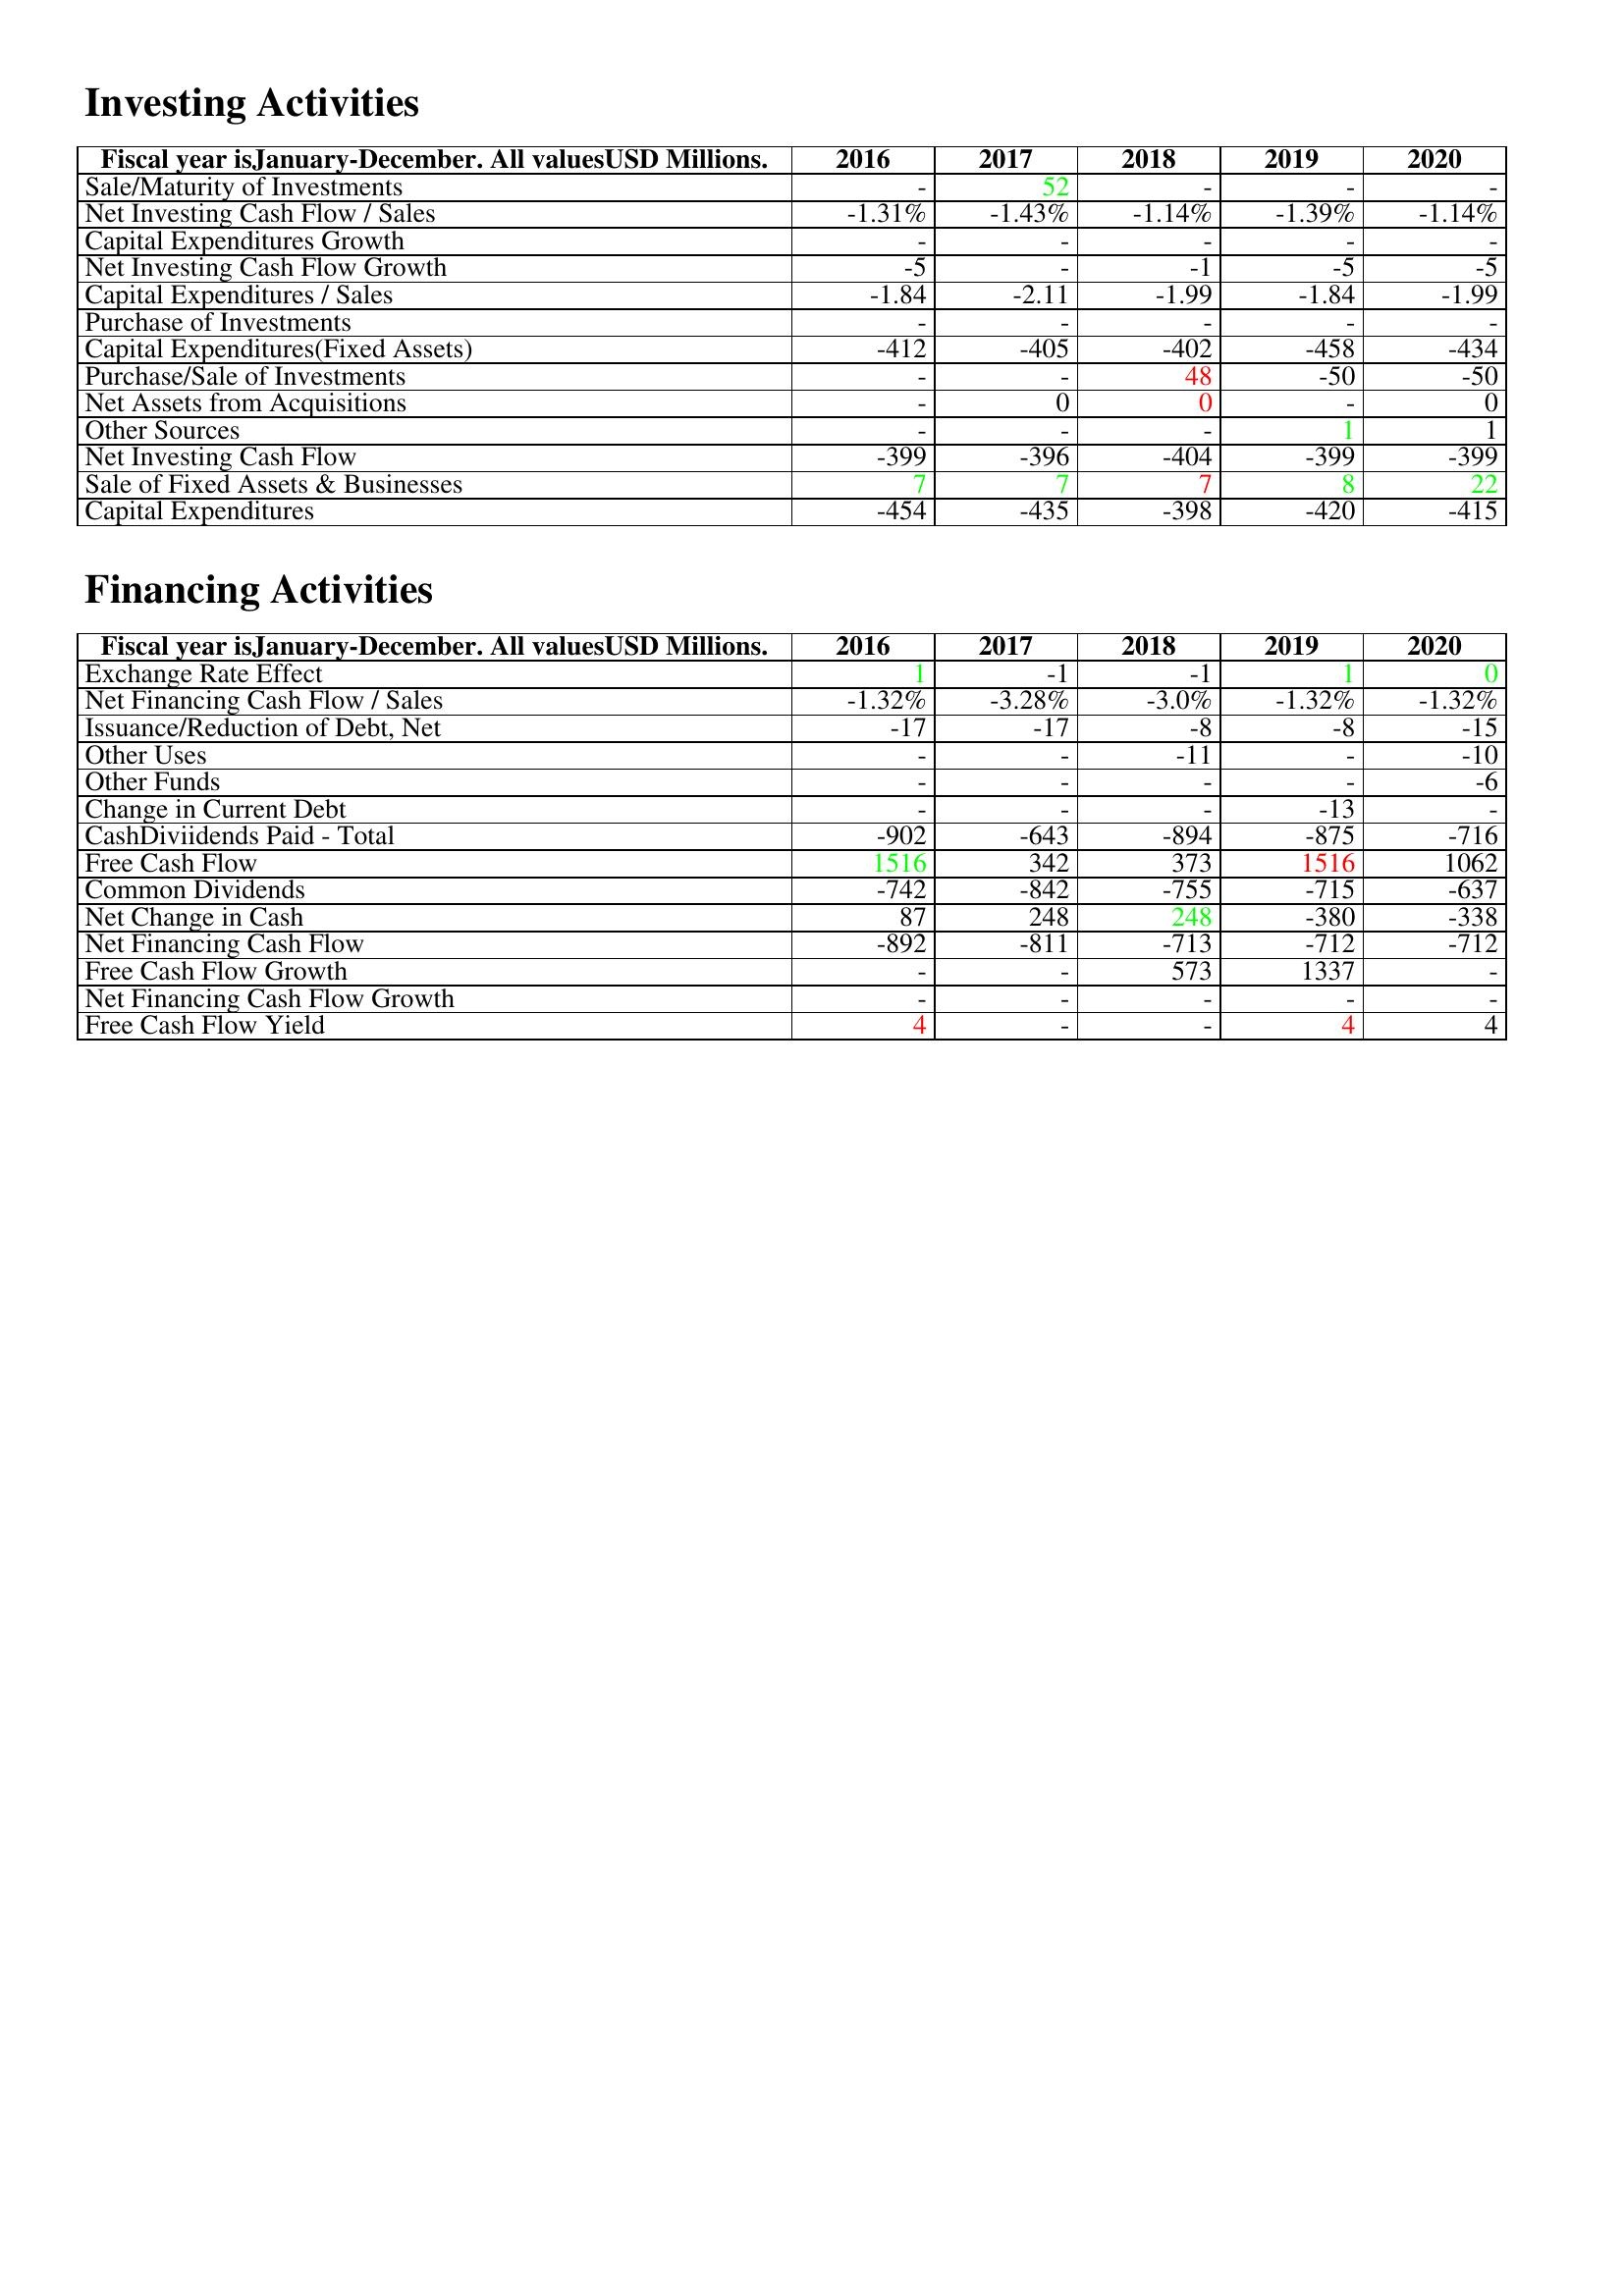
gt_parse: 2016: Investing Activities: Sale/Maturity of Investments: -
Net Investing Cash Flow / Sales: -1.31%
Capital Expenditures Growth: -
Net Investing Cash Flow Growth: -5
Capital Expenditures / Sales: -1.84
Purchase of Investments: -
Capital Expenditures(Fixed Assets): -412
Purchase/Sale of Investments: -
Net Assets from Acquisitions: -
Other Sources: -
Net Investing Cash Flow: -399
Sale of Fixed Assets & Businesses: 7
Capital Expenditures: -454
Financing Activities: Exchange Rate Effect: 1
Net Financing Cash Flow / Sales: -1.32%
Issuance/Reduction of Debt, Net: -17
Other Uses: -
Other Funds: -
Change in Current Debt: -
CashDiviidends Paid - Total: -902
Free Cash Flow: 1516
Common Dividends: -742
Net Change in Cash: 87
Net Financing Cash Flow: -892
Free Cash Flow Growth: -
Net Financing Cash Flow Growth: -
Free Cash Flow Yield: 4
2017: Investing Activities: Sale/Maturity of Investments: 52
Net Investing Cash Flow / Sales: -1.43%
Capital Expenditures Growth: -
Net Investing Cash Flow Growth: -
Capital Expenditures / Sales: -2.11
Purchase of Investments: -
Capital Expenditures(Fixed Assets): -405
Purchase/Sale of Investments: -
Net Assets from Acquisitions: 0
Other Sources: -
Net Investing Cash Flow: -396
Sale of Fixed Assets & Businesses: 7
Capital Expenditures: -435
Financing Activities: Exchange Rate Effect: -1
Net Financing Cash Flow / Sales: -3.28%
Issuance/Reduction of Debt, Net: -17
Other Uses: -
Other Funds: -
Change in Current Debt: -
CashDiviidends Paid - Total: -643
Free Cash Flow: 342
Common Dividends: -842
Net Change in Cash: 248
Net Financing Cash Flow: -811
Free Cash Flow Growth: -
Net Financing Cash Flow Growth: -
Free Cash Flow Yield: -
2018: Investing Activities: Sale/Maturity of Investments: -
Net Investing Cash Flow / Sales: -1.14%
Capital Expenditures Growth: -
Net Investing Cash Flow Growth: -1
Capital Expenditures / Sales: -1.99
Purchase of Investments: -
Capital Expenditures(Fixed Assets): -402
Purchase/Sale of Investments: 48
Net Assets from Acquisitions: 0
Other Sources: -
Net Investing Cash Flow: -404
Sale of Fixed Assets & Businesses: 7
Capital Expenditures: -398
Financing Activities: Exchange Rate Effect: -1
Net Financing Cash Flow / Sales: -3.0%
Issuance/Reduction of Debt, Net: -8
Other Uses: -11
Other Funds: -
Change in Current Debt: -
CashDiviidends Paid - Total: -894
Free Cash Flow: 373
Common Dividends: -755
Net Change in Cash: 248
Net Financing Cash Flow: -713
Free Cash Flow Growth: 573
Net Financing Cash Flow Growth: -
Free Cash Flow Yield: -
2019: Investing Activities: Sale/Maturity of Investments: -
Net Investing Cash Flow / Sales: -1.39%
Capital Expenditures Growth: -
Net Investing Cash Flow Growth: -5
Capital Expenditures / Sales: -1.84
Purchase of Investments: -
Capital Expenditures(Fixed Assets): -458
Purchase/Sale of Investments: -50
Net Assets from Acquisitions: -
Other Sources: 1
Net Investing Cash Flow: -399
Sale of Fixed Assets & Businesses: 8
Capital Expenditures: -420
Financing Activities: Exchange Rate Effect: 1
Net Financing Cash Flow / Sales: -1.32%
Issuance/Reduction of Debt, Net: -8
Other Uses: -
Other Funds: -
Change in Current Debt: -13
CashDiviidends Paid - Total: -875
Free Cash Flow: 1516
Common Dividends: -715
Net Change in Cash: -380
Net Financing Cash Flow: -712
Free Cash Flow Growth: 1337
Net Financing Cash Flow Growth: -
Free Cash Flow Yield: 4
2020: Investing Activities: Sale/Maturity of Investments: -
Net Investing Cash Flow / Sales: -1.14%
Capital Expenditures Growth: -
Net Investing Cash Flow Growth: -5
Capital Expenditures / Sales: -1.99
Purchase of Investments: -
Capital Expenditures(Fixed Assets): -434
Purchase/Sale of Investments: -50
Net Assets from Acquisitions: 0
Other Sources: 1
Net Investing Cash Flow: -399
Sale of Fixed Assets & Businesses: 22
Capital Expenditures: -415
Financing Activities: Exchange Rate Effect: 0
Net Financing Cash Flow / Sales: -1.32%
Issuance/Reduction of Debt, Net: -15
Other Uses: -10
Other Funds: -6
Change in Current Debt: -
CashDiviidends Paid - Total: -716
Free Cash Flow: 1062
Common Dividends: -637
Net Change in Cash: -338
Net Financing Cash Flow: -712
Free Cash Flow Growth: -
Net Financing Cash Flow Growth: -
Free Cash Flow Yield: 4